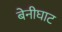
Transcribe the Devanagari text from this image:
बेनीघाट